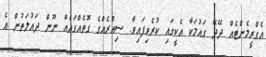
އެގްރީމެންޓެއް ދޭދޭ ގައުމަކާ އެކީގައި ކުރެވިފައިވާ. ސިއްރެއްގެ ގޮތެއްގައެއް ނޫން ދައުލަތުން އެ